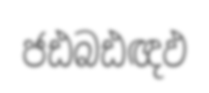
ජඪබඪඥඵ